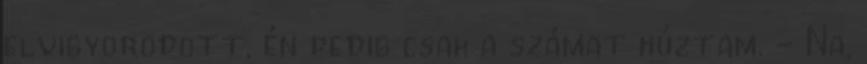
elvigyorodott, én pedig csak a számat húztam. - Na,